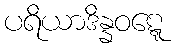
ပရိယာဒိန္နဝဋ္ဋေ